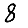
Digit: 8